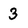
Character: 3